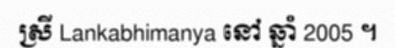
ស្រី Lankabhimanya នៅ ឆ្នាំ 2005 ។